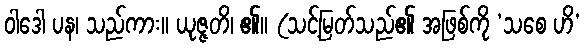
ဝါဒေါ ပန၊ သည်ကား။ ယုဇ္ဇတိ၊ ၏။ (သင့်မြတ်သည်၏ အဖြစ်ကို ‘သစေ ဟိ’